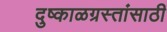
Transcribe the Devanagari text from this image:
दुष्काळग्रस्तांसाठी